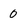
Character: 0